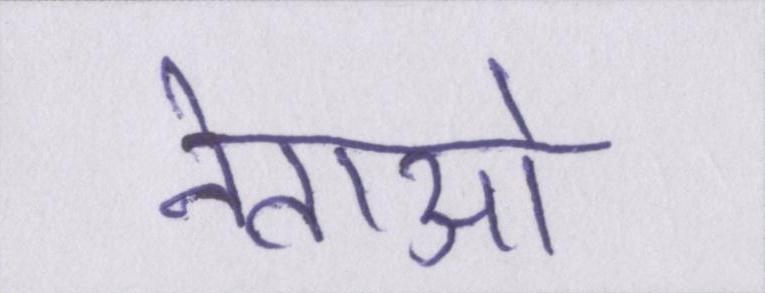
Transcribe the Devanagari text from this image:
नेताओ